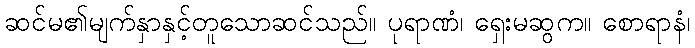
ဆင်မ၏မျက်နှာနှင့်တူသောဆင်သည်။ ပုရာဏံ၊ ရှေးမဆွက။ စောရာနံ၊